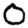
Digit: 0